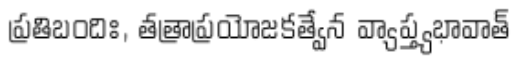
ప్రతిబందిః, తత్రాప్రయోజకత్వేన వ్యాప్త్యభావాత్